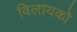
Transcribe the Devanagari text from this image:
विलायको